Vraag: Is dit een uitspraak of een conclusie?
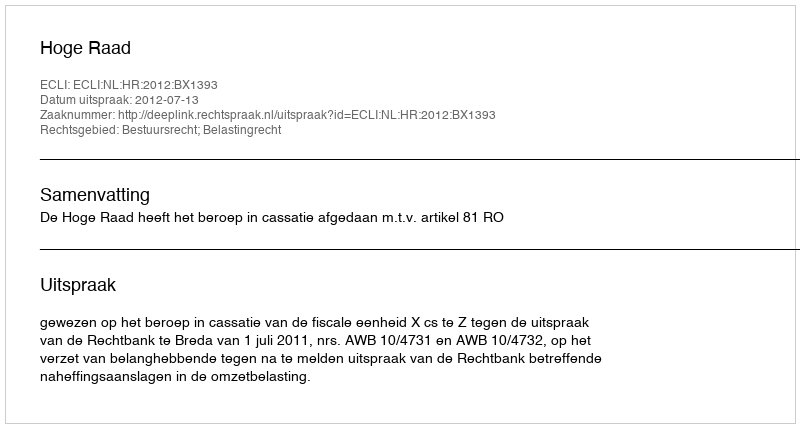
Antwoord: Uitspraak